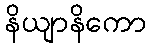
နိယျာနိကော